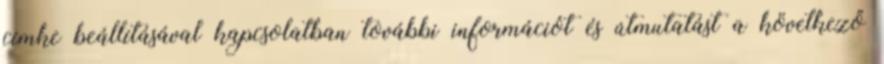
címke beállításával kapcsolatban további információt és útmutatást a következő